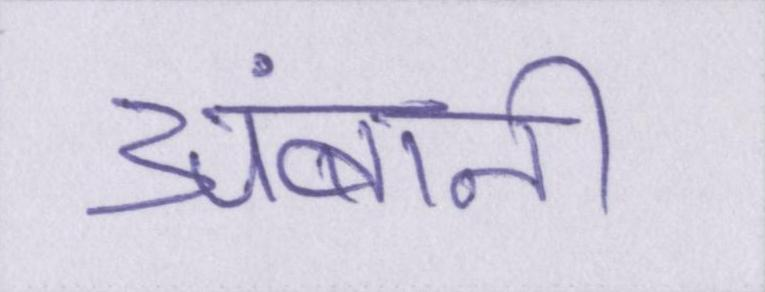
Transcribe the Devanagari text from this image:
अंबानी